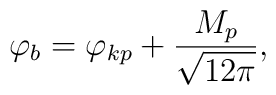
\varphi_{b}=\varphi_{kp}+\frac{M_{p}}{\sqrt{12\pi}},